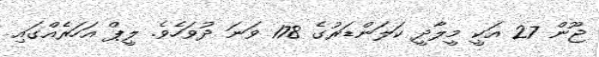
ޖޫން 27 އަކީ މީލާދީ ކަލަންޑަރުގެ 178 ވަނަ ދުވަހެވެ. ލީޕް އަހަރެއްގައި